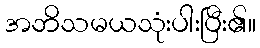
အဘိသမယသုံးပါးပြီး၏။